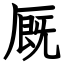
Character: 厩